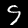
Label: 9